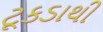
ટૂકડાથી